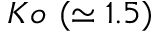
K o \ ( \simeq 1 . 5 )